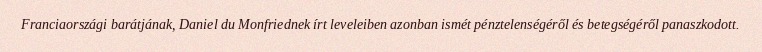
Franciaországi barátjának, Daniel du Monfriednek írt leveleiben azonban ismét pénztelenségéről és betegségéről panaszkodott.